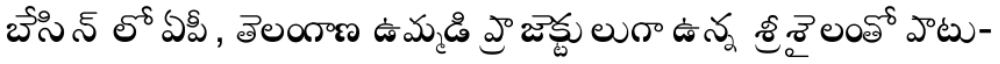
బేసిన్ లో ఏపీ, తెలంగాణ ఉమ్మడి ప్రాజెక్టులుగా ఉన్న శ్రీశైలంతో పాటు-